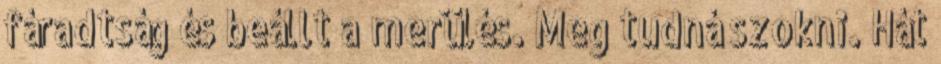
fáradtság és beállt a merülés. Meg tudná szokni. Hát